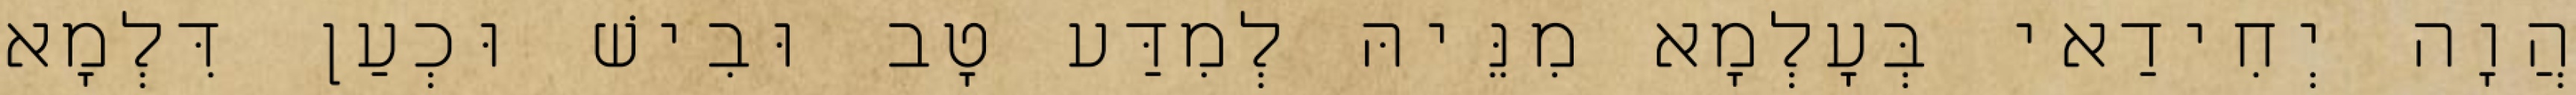
הֲוָה יְחִידַאי בְּעָלְמָא מִנֵּיהּ לְמִדַּע טָב וּבִישׁ וּכְעַן דִּלְמָא